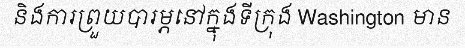
និងការព្រួយបារម្ភនៅក្នុងទីក្រុង Washington មាន